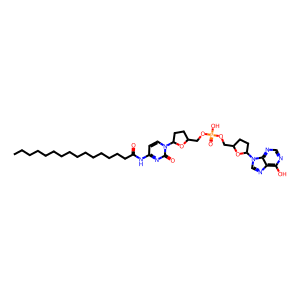
SMILES: CCCCCCCCCCCCCCCC(=O)Nc1ccn(C2CCC(COP(=O)(O)OCC3CCC(n4cnc5c(O)ncnc54)O3)O2)c(=O)n1
Inhibits HIV replication: Yes